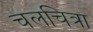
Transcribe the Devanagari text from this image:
चलचित्रा